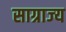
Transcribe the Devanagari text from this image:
साग्राज्‍य